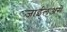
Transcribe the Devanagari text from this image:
जाईलअसे